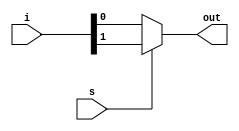
module mux(out,i,s);
input [1:0] i;
input s;
output out;
assign out = s ? i[1] : i[0];
endmodule